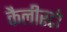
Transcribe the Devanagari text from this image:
कैलीस्टो